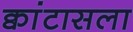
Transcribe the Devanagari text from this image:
क्वांटासला